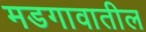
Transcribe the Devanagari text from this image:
मडगावातील